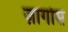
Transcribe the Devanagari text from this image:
ज़ार्गोस